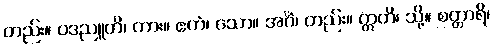
တည်း။ ဝဒညူတိ၊ ကား။ ဧကံ၊ သော။ အင်္ဂံ၊ တည်း။ ဣတိ၊ သို့။ စတ္တာရိ၊